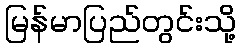
မြန်မာပြည်တွင်းသို့